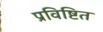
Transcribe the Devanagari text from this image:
प्रविष्टित